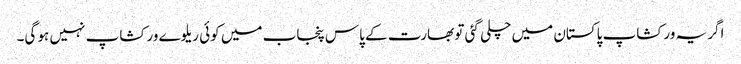
اگر یہ ورکشاپ پاکستان میں چلی گئی تو بھارت کے پاس پنجاب میں کوئی ریلوے ورکشاپ نہیں ہو گی۔